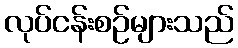
လုပ်ငန်းစဉ်များသည်